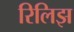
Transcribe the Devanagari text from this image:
रिलिझ